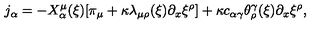
j _ { \alpha } = - X _ { \alpha } ^ { \mu } ( \xi ) [ \pi _ { \mu } + \kappa \lambda _ { \mu \rho } ( \xi ) \partial _ { x } \xi ^ { \rho } ] + \kappa c _ { \alpha \gamma } \theta _ { \rho } ^ { \gamma } ( \xi ) \partial _ { x } \xi ^ { \rho } ,